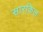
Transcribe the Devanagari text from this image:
सारकिल